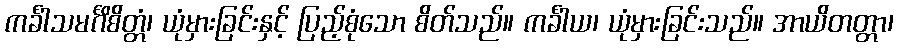
ကင်္ခါသမင်္ဂိစိတ္တံ၊ ယုံမှားခြင်းနှင့် ပြည့်စုံသော စိတ်သည်။ ကင်္ခါယ၊ ယုံမှားခြင်းသည်။ အာယိတတ္တာ၊